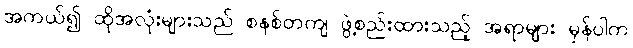
အကယ်၍ ထိုအလုံးများသည် စနစ်တကျ ဖွဲ့စည်းထားသည့် အရာများ မှန်ပါက